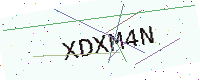
Text: XDXM4N